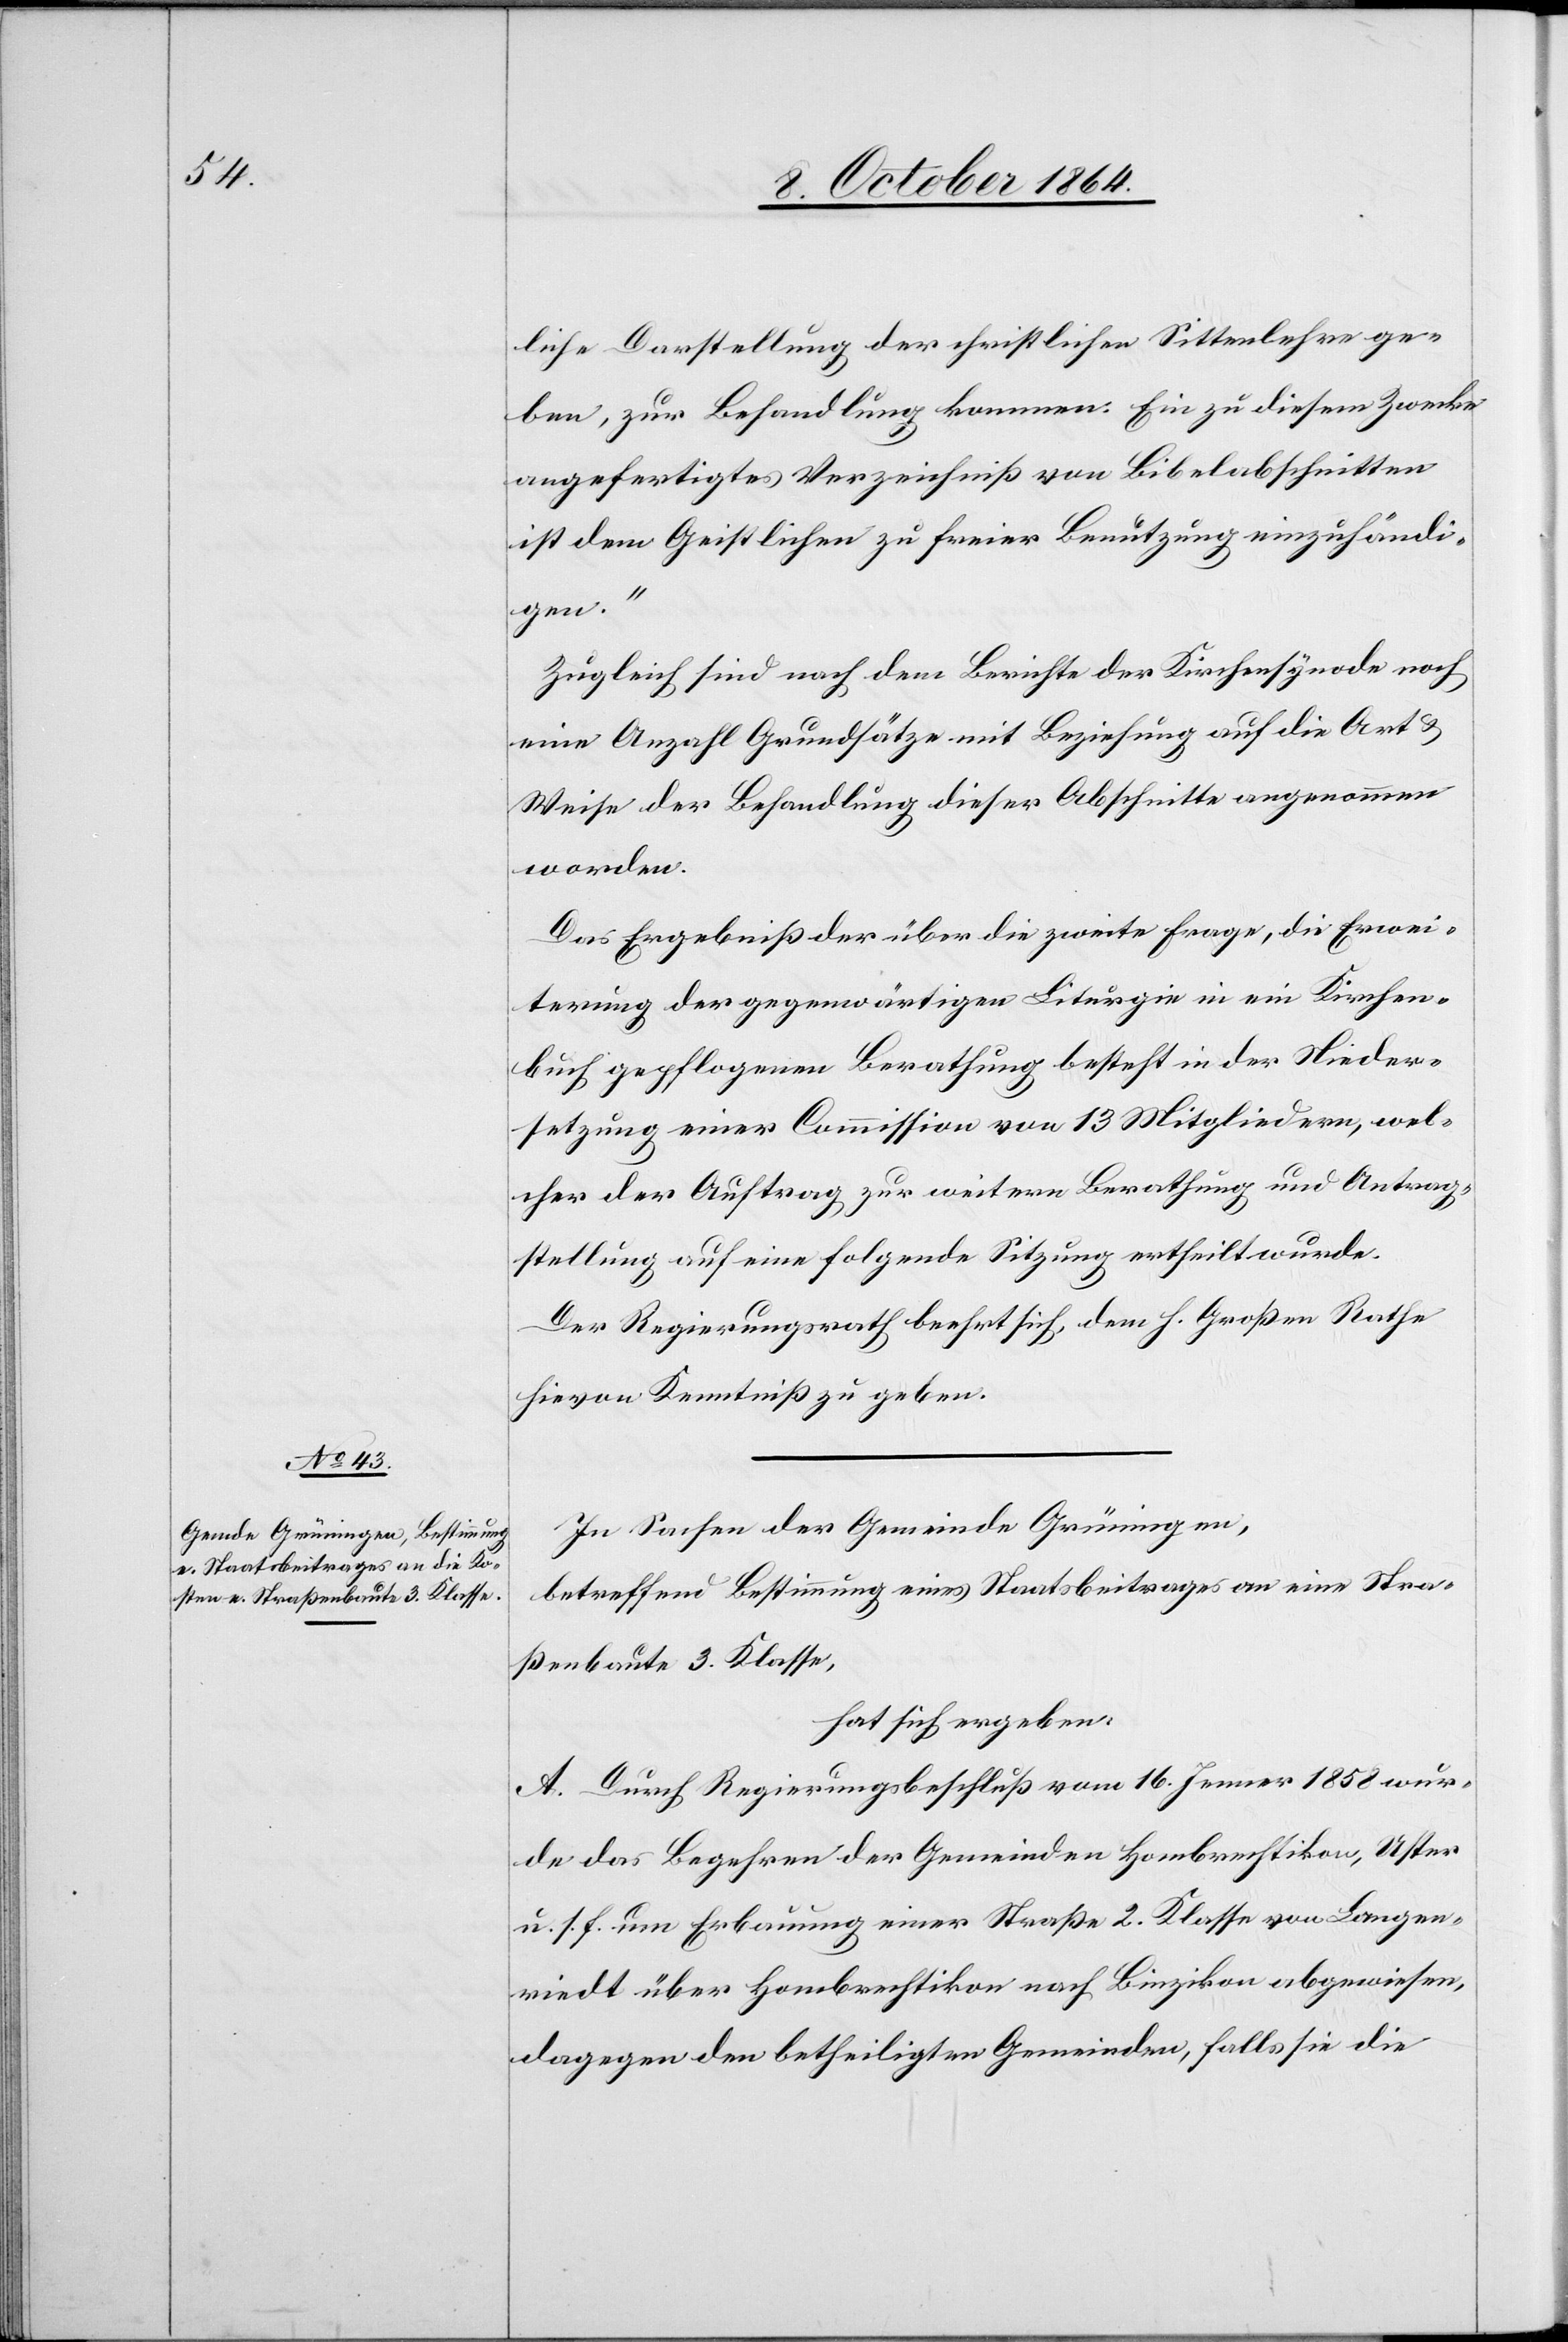
liche Darstellung der christlichen Sittenlehre ge¬
ben, zur Behandlung kommen. Ein zu diesem Zwecke
angefertigtes Verzeichniß von Bibelabschnitten
ist dem Geistlichen zu freier Benützung einzuhändi¬
gen.“
Zugleich sind nach dem Berichte der Kirchensynode noch
eine Anzahl Grundsätze mit Beziehung auf die Art &
Weise der Behandlung dieser Abschnitte angenommen
worden.
Das Ergebniß der über die zweite Frage, die Erwei¬
terung der gegenwärtigen Liturgie in ein Kirchen¬
buch gepflogenen Berathung besteht in der Nieder¬
setzung einer Commission von 13 Mitgliedern, wel¬
cher der Auftrag zur weitern Berathung und Antrag¬
stellung auf eine folgende Sitzung ertheilt wurde.
Der Regierungsrath beehrt sich, dem h. Großen Rathe
hievon Kenntniß zu geben.
In Sachen der Gemeinde Grüningen,
betreffend Bestimmung eines Staatsbeitrages an eine Stra¬
ßenbaute 3. Klasse,
hat sich ergeben:
A. Durch Regierungsbeschluß vom 16. Jenner 1858 wur¬
de das Begehren der Gemeinden Hombrechtikon, Uster
u. s. f. um Erbauung einer Straße 2. Klasse von Langen¬
riedt über Hombrechtikon nach Binzikon abgewiesen,
dagegen den betheiligten Gemeinden, falls sie die